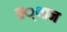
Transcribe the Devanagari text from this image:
स्‍्थान